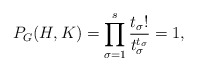
\begin{align*}P_G(H, K) = \prod_{\sigma = 1}^s \frac{t_\sigma!}{t_\sigma^{t_\sigma}} = 1, \end{align*}